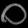
Digit: ၀